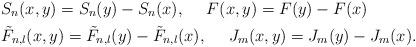
LaTeX: \begin{align*}& S_n(x,y) = S_n(y) - S_n(x), \ \ \ \ F(x,y) = F(y) -F(x) \\& \tilde F_{n,l}(x,y) = \tilde F_{n,l}(y) - \tilde F_{n,l}(x), \ \ \ \ J_m(x,y) = J_m(y) -J_m(x).\end{align*}